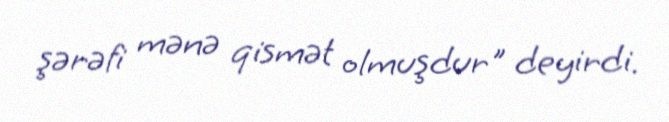
şərəfi mənə qismət olmuşdur" deyirdi.